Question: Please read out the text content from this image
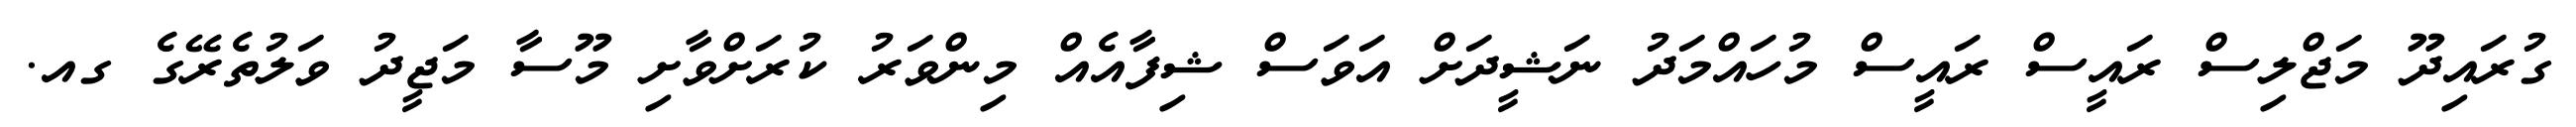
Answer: ގުރައިދޫ މަޖްލިސް ރައީސް ރައީސް މުހައްމަދު ނަޝީދަށް އަވަސް ޝިފާއެއް މިންވަރު ކުރަށްވާށި މޫސާ މަޖީދު ވަލުތެރޭގެ ގއ.